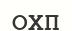
ОХП